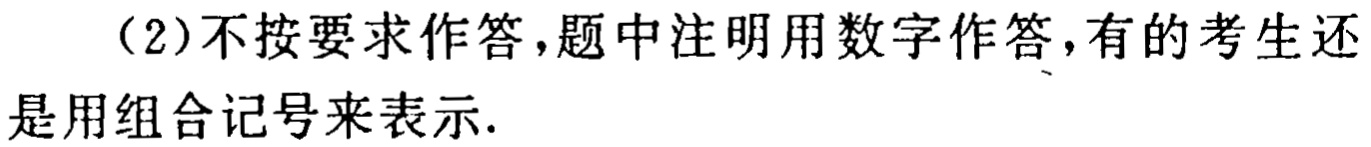
（2）不按要求作答，题中注明用数字作答，有的考生还是用组合记号来表示.